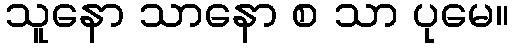
သူနော သာနော စ သာ ပုမေ။